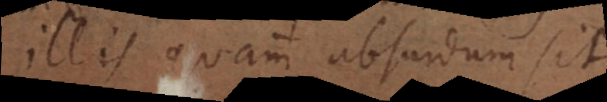
illis quam absurdum sit